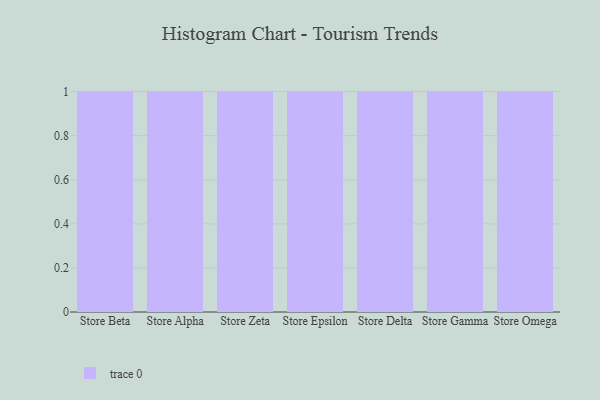
{"axis": {"x": "Store", "y": "Bounce Rate (%)"}, "legend": [""], "data": [{"x": "Store Beta", "y": 6, "type": ""}, {"x": "Store Alpha", "y": 10, "type": ""}, {"x": "Store Zeta", "y": 37, "type": ""}, {"x": "Store Epsilon", "y": 53, "type": ""}, {"x": "Store Delta", "y": 21, "type": ""}, {"x": "Store Gamma", "y": 68, "type": ""}, {"x": "Store Omega", "y": 77, "type": ""}]}